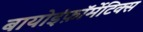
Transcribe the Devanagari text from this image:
बायोइंफ़ॉर्मेटिक्स